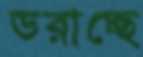
ডরাচ্ছে